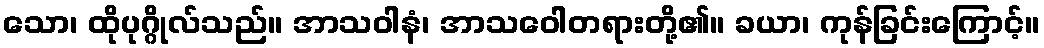
သော၊ ထိုပုဂ္ဂိုလ်သည်။ အာသဝါနံ၊ အာသဝေါတရားတို့၏။ ခယာ၊ ကုန်ခြင်းကြောင့်။